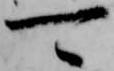
可